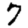
Digit: 7